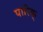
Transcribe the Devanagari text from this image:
पारिक्